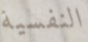
النفسية